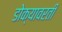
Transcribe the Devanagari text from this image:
डोक्यावरती